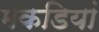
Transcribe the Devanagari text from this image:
मकडियां